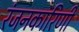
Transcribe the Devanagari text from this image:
रंजनकारिणी